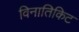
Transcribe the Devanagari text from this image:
विनातिकिट